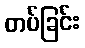
တပ်ခြင်း